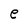
Character: e